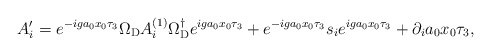
\begin{align*} A_i^{\prime} = e^{-iga_{0}x_{0}\tau_{3}} \Omega_{{\rm D}} A_{i}^{(1)} \Omega_{{\rm D}}^{\dagger} e^{iga_{0}x_{0}\tau_{3}} + e^{-iga_{0}x_{0}\tau_{3}} s_{i} e^{iga_{0}x_{0}\tau_{3}} + \partial_{i} a_{0} x_{0} \tau_{3} ,\end{align*}